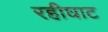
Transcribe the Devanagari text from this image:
रहीघाट